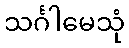
သင်္ဂါမေသုံ